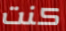
كنت